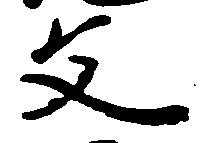
文